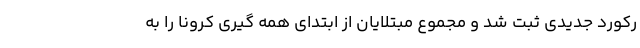
رکورد جدیدی ثبت شد و مجموع مبتلایان از ابتدای همه گیری کرونا را به